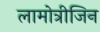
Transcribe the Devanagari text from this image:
लामोत्रीजिन